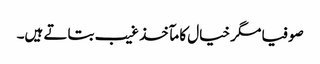
صوفیا مگر خیال کا مآخذ غیب بتاتے ہیں۔